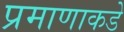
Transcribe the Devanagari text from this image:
प्रमाणाकडे